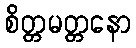
စိတ္တမတ္တနော